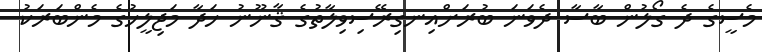
މެސީގެ ދެ ގޯލުން ބާސާ ދެވަނަ ބުރަށްއިނގިރޭސިވިލާތުގެ ޤާނޫނު ހަދާ މަޖިލީހުގެ މެންބަރަކު